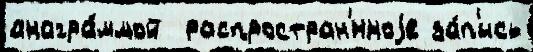
анагра́ммой  распростран'́нноjе за́п'ись